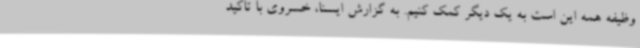
وظیفه همه این است به یک دیگر کمک کنیم. به گزارش ایسنا، خسروی با تاکید